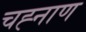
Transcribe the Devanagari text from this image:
चह्नाण